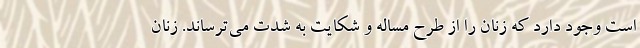
است وجود دارد كه زنان را از طرح مساله و شکایت به شدت مي‌ترساند. زنان